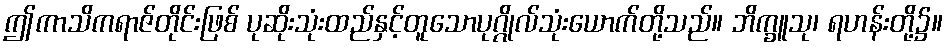
ဤကာသိကရာဇ်တိုင်းဖြစ် ပုဆိုးသုံးထည်နှင့်တူသောပုဂ္ဂိုလ်သုံးယောက်တို့သည်။ ဘိက္ခူသု၊ ရဟန်းတို့၌။